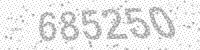
Solution: 685250